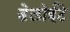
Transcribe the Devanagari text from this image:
डेलोईटे